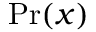
\mathrm { P r } ( x )